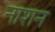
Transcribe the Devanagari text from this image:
नाशन